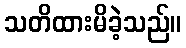
သတိထားမိခဲ့သည်။